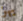
يهز